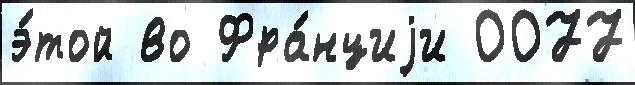
э́той во Фра́нциjи 0077